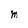
Character: M